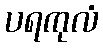
ပရကုလံ